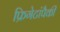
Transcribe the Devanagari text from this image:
फ्रिगेटांपैकी